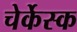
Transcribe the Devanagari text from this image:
चेर्केस्क